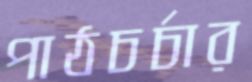
পাঠচর্চার